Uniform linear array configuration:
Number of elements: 24
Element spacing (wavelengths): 0.5
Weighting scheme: hamming
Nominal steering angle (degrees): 60
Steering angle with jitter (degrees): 60.34
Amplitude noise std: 0.05
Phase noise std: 0.05

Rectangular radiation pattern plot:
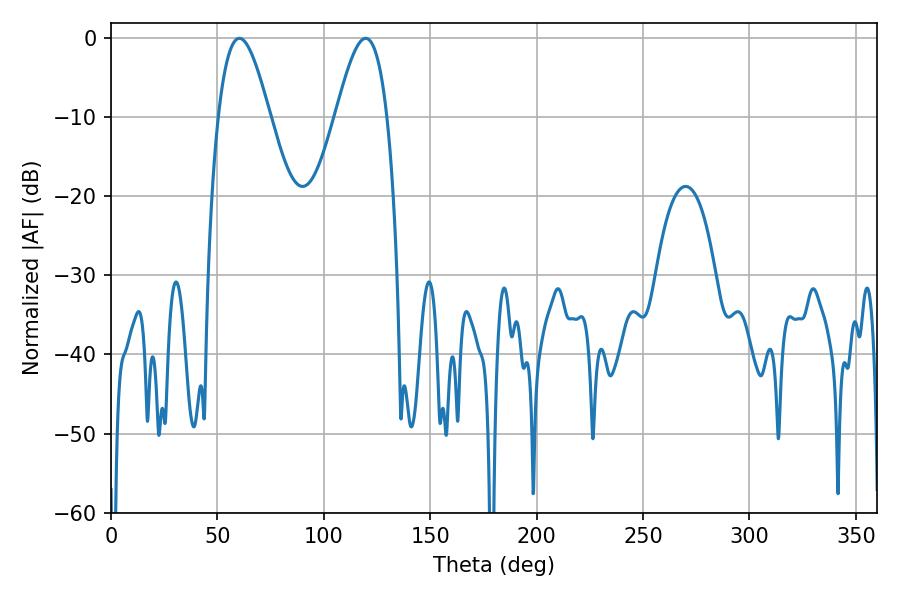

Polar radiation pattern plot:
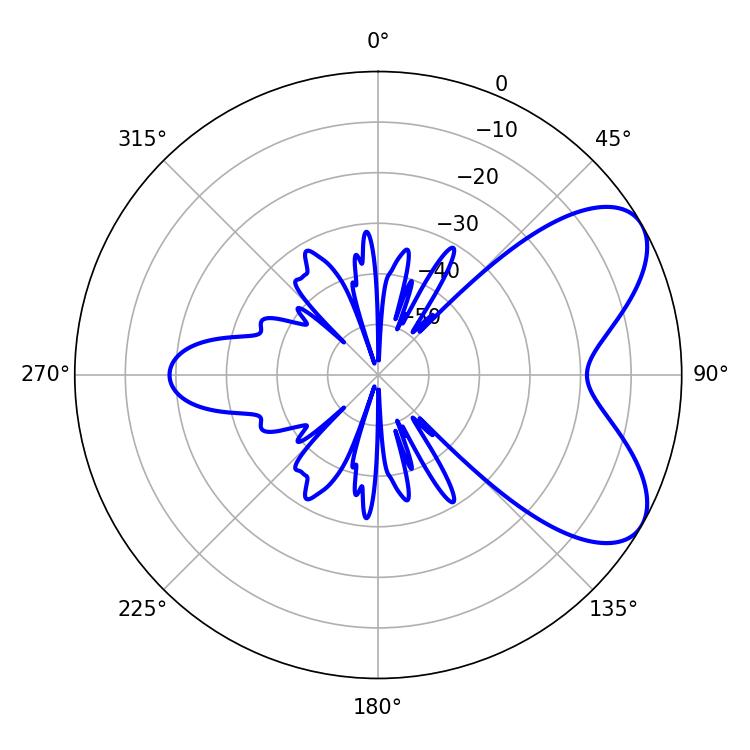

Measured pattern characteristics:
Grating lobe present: FALSE
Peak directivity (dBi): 6.593
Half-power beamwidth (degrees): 12.96
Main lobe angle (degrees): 60.3